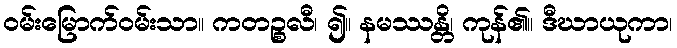
ဝမ်းမြောက်ဝမ်းသာ။ ကတဉ္စလီ၊ ၍။ နမဿန္တိ၊ ကုန်၏။ ဒီဃာယုကာ၊